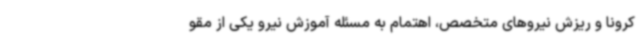
کرونا و ریزش نیروهای متخصص، اهتمام به مسئله آموزش نیرو یکی از مقو